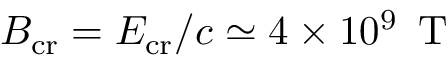
B _ { \mathrm { c r } } = E _ { \mathrm { c r } } / c \simeq 4 \times 1 0 ^ { 9 } \, \mathrm { ~ T ~ }